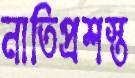
নাতিপ্রশস্ত